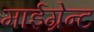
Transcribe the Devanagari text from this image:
माईग्रेन्ट